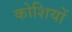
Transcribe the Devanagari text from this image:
कोशियों